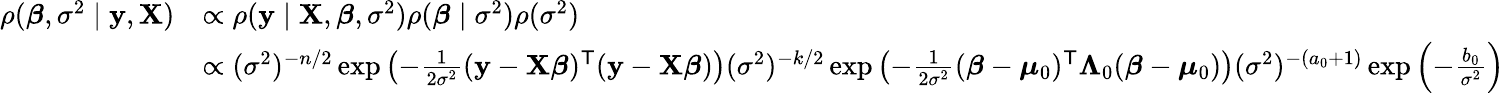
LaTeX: {\begin{array}{rl}{\rho({\boldsymbol{\beta}},\sigma^{2}\mid\mathbf{y},\mathbf{X})}&{\propto\rho(\mathbf{y}\mid\mathbf{X},{\boldsymbol{\beta}},\sigma^{2})\rho({\boldsymbol{\beta}}\mid\sigma^{2})\rho(\sigma^{2})}\\ &{\propto(\sigma^{2})^{-n/2}\exp\left(-{\frac{1}{2{\sigma}^{2}}}(\mathbf{y}-\mathbf{X}{\boldsymbol{\beta}})^{\mathsf{T}}(\mathbf{y}-\mathbf{X}{\boldsymbol{\beta}})\right)(\sigma^{2})^{-k/2}\exp\left(-{\frac{1}{2\sigma^{2}}}({\boldsymbol{\beta}}-{\boldsymbol{\mu}}_{0})^{\mathsf{T}}{\boldsymbol{\Lambda}}_{0}({\boldsymbol{\beta}}-{\boldsymbol{\mu}}_{0})\right)(\sigma^{2})^{-(a_{0}+1)}\exp\left(-{\frac{b_{0}}{\sigma^{2}}}\right)}\end{array}}